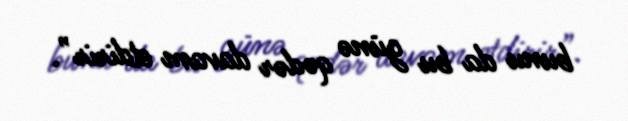
bunu da bu günə qədər davam etdirir”.